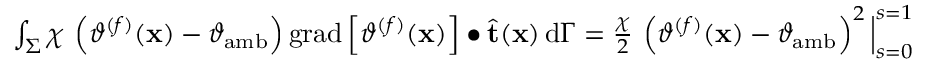
\begin{array} { r } { \int _ { \Sigma } \chi \, \left( \vartheta ^ { ( f ) } ( \mathbf { x } ) - \vartheta _ { \mathrm { a m b } } \right) \mathrm { g r a d } \left[ \vartheta ^ { ( f ) } ( \mathbf { x } ) \right] \bullet \widehat { \mathbf { t } } ( \mathbf { x } ) \, \mathrm { d } \Gamma = \frac { \chi } { 2 } \, \left( \vartheta ^ { ( f ) } ( \mathbf { x } ) - \vartheta _ { \mathrm { a m b } } \right) ^ { 2 } \Big | _ { s = 0 } ^ { s = 1 } } \end{array}